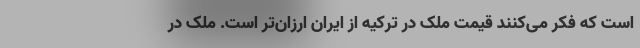
است که فکر می‌کنند قیمت ملک در ترکیه از ایران ارزان‌تر است. ملک در